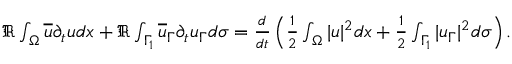
\begin{array} { r } { \Re \int _ { \Omega } \overline { { u } } \partial _ { t } u d x + \Re \int _ { \Gamma _ { 1 } } \overline { { u } } _ { \Gamma } \partial _ { t } u _ { \Gamma } d \sigma = \frac { d } { d t } \left( \frac { 1 } { 2 } \int _ { \Omega } | u | ^ { 2 } d x + \frac { 1 } { 2 } \int _ { \Gamma _ { 1 } } | u _ { \Gamma } | ^ { 2 } d \sigma \right) . } \end{array}